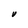
Character: V